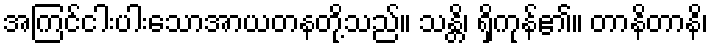
အကြင်ငါးပါးသောအာယတနတို့သည်။ သန္တိ၊ ရှိကုန်၏။ တာနိတာနိ၊